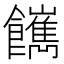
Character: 𩟥